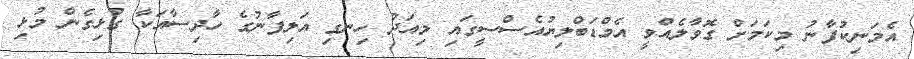
އެމަނިކުފާނު މިކަމަށް ގޮވާލެއްވީ އެމްޑަބްލިޔުއެސްސީގައި މިއަދު ހިނގި އަލިފާނުގެ ހާދިސާއަކާ ގުޅިގެން މުޅި